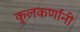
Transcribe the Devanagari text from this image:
कुलकर्णांनी